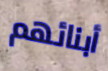
أبنائهم